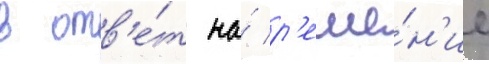
в отв'е́т на́ р'еше́н'ие